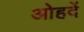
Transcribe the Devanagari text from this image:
ओहदें